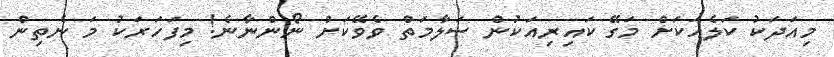
މިއަދަކު ކަލެއަކަށް މަގޭ ކައިރިއަކުން ސަލާމަތް ވެވޭކަށް ނޯންނާނެ! މިފަހަރަކު މަ ނެތިން